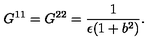
G ^ { 1 1 } = G ^ { 2 2 } = \frac { 1 } { \epsilon ( 1 + b ^ { 2 } ) } .